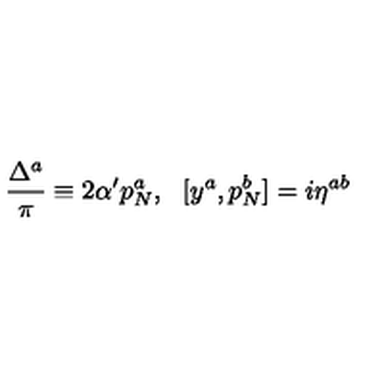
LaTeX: \frac { \Delta ^ { a } } { \pi } \equiv 2 \alpha ^ { \prime } p _ { N } ^ { a } , \: \: \: [ y ^ { a } , p _ { N } ^ { b } ] = i \eta ^ { a b }